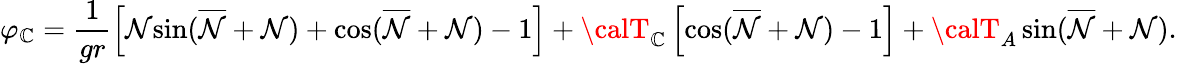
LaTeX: \varphi_{\mathbb{C}}=\frac{{1}}{{gr}}\left[{\cal{N}}{\sin}(\overline{{{{\cal{N}}}}}+{\cal{N}})+{\cos}(\overline{{{{\cal{N}}}}}+{\cal{N}})-1\right]+{\calT}_{\mathbb{C}}\left[{\cos}(\overline{{{{\cal{N}}}}}+{\cal{N}})-1\right]+{\calT}_{A}\, {\sin}(\overline{{{{\cal{N}}}}}+{\cal{N}}).